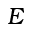
E